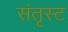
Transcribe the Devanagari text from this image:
संतृस्ट